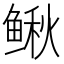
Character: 鳅